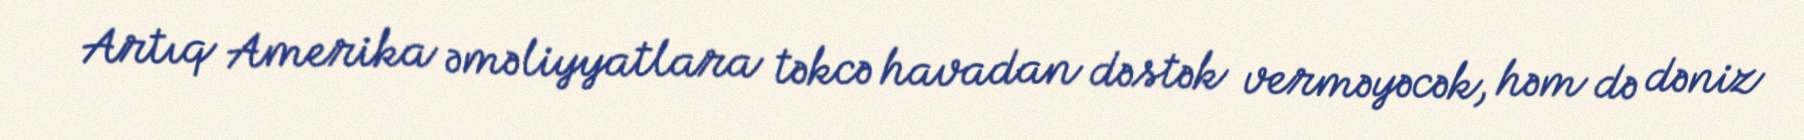
Artıq Amerika əməliyyatlara təkcə havadan dəstək verməyəcək, həm də dəniz